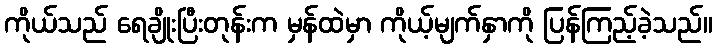
ကိုယ်သည် ရေချိုးပြီးတုန်းက မှန်ထဲမှာ ကိုယ့်မျက်နှာကို ပြန်ကြည့်ခဲ့သည်။